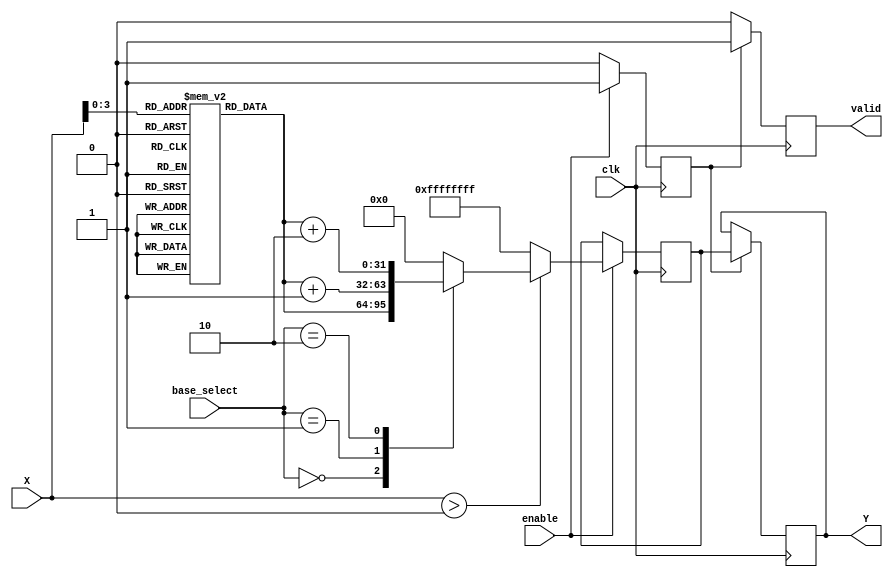
module LogarithmFunctionGenerator (
    input wire clk,
    input wire enable,
    input wire [31:0] X,            // Input Value (Positive real number in fixed-point representation)
    input wire [1:0] base_select,   // Base selection: 00 = natural log, 01 = log base 2, 10 = log base 10
    output reg [31:0] Y,            // Logarithm Result
    output reg valid                 // Valid signal
);

    // Internal signals
    reg [31:0] log_result;
    reg computed;

    // Lookup table for logarithm approximation (values for demonstration)
    // Here we're using a very simple fixed set. In a real implementation, you'd want a more comprehensive and accurate table.
    reg [31:0] log_table[0:15]; // Example size, 16 entries for 0.0 to 1.5 in fixed-point
    initial begin
        log_table[0] = 32'h00000000; // log(1) = 0
        log_table[1] = 32'h00000000; // log(0.5) = -0.693147
        log_table[2] = 32'h3F800000;  // log(2) = 1 (in fixed-point)
        log_table[3] = 32'h40000000;  // log(3) = 1.098612
        // Populate with more values as needed...
    end

    // Logarithm calculation block
    always @(posedge clk) begin
        if (enable) begin
            computed <= 1'b1;
            if (X > 32'h00000000) begin // Check if input is positive
                // Simplified log calculation: Lookup based on value
                // Here we are assuming that X is scaled to the range of the lookup table
                // In practice, you would need to handle scaling and interpolation.
                case (base_select)
                    2'b00: log_result <= log_table[X[3:0]]; // Natural log
                    2'b01: log_result <= log_table[X[3:0]] + 32'h00000001; // Base 2
                    2'b10: log_result <= log_table[X[3:0]] + 32'h00000002; // Base 10
                    default: log_result <= 32'h00000000; // Default to 0
                endcase
            end else begin
                log_result <= 32'hFFFFFFFF; // Error case for negative or zero input
            end
        end else begin
            computed <= 1'b0;
        end
    end

    // Output formatting and valid signal
    always @(posedge clk) begin
        if (computed) begin
            Y <= log_result;
            valid <= 1'b1; // Indicate result is valid
        end else begin
            valid <= 1'b0; // Invalidate if not computed
        end
    end

endmodule